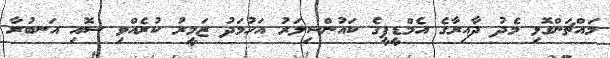
މައްޗަންގޮޅި މެދު ދާއިރާގެ އެމްޑީޕީގެ ކައުންސިލަރު އަހުމަދު ޒަމީރު ކުރެއްވި ސޮއި އަނބުރާ